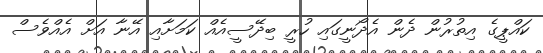
ކައްޕީގެ އިތުރުން ދެން އެދޯނީގައި ހުރީ ބިދޭސީއެއް ކަމަށާއި އޭނާ އަށް އެއްވެސް